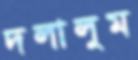
দলালুম